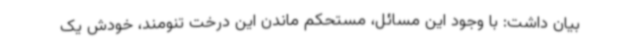
بیان داشت: با وجود این مسائل، مستحکم ماندن این درخت تنومند، خودش یک